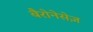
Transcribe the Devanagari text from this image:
बैरोनेसेज़